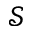
\mathcal { S }